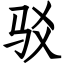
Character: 驳